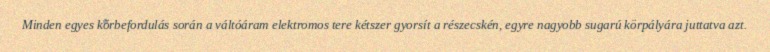
Minden egyes körbefordulás során a váltóáram elektromos tere kétszer gyorsít a részecskén, egyre nagyobb sugarú körpályára juttatva azt.